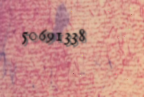
50691338